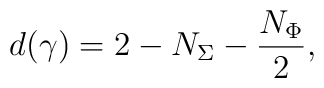
d(\gamma) =2 -N_{\Sigma}-\frac{N_{\Phi}}{2},